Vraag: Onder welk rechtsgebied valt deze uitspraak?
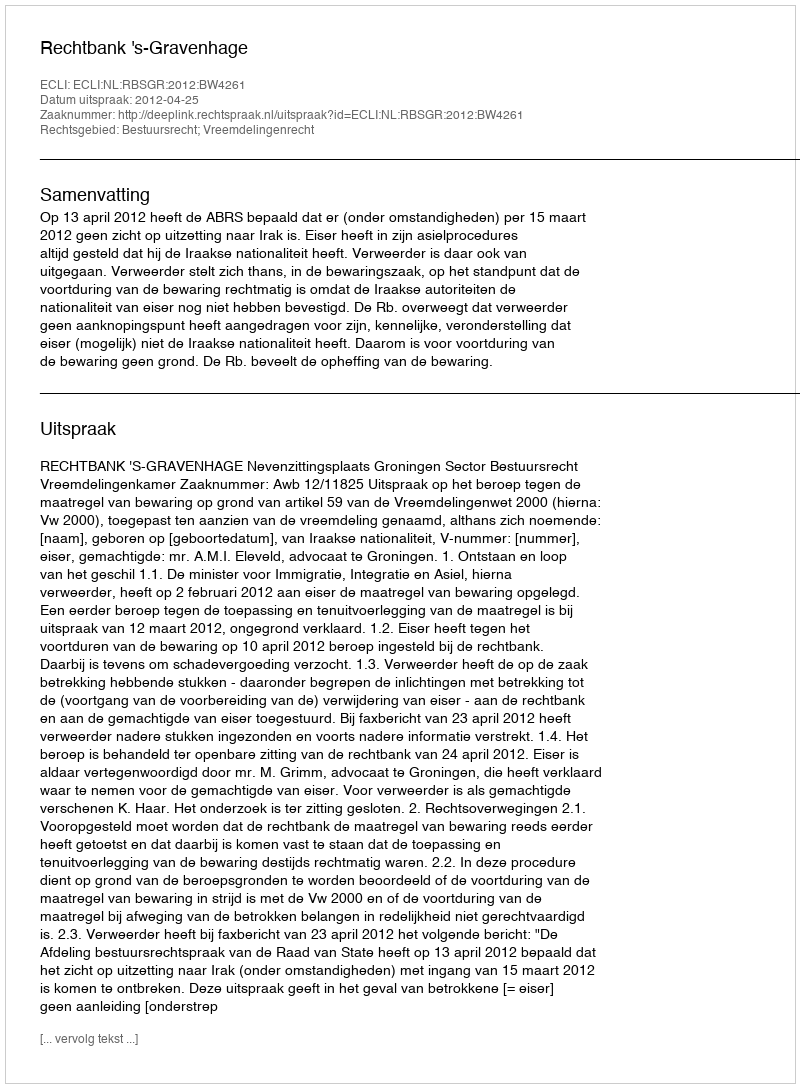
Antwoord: Bestuursrecht; Vreemdelingenrecht